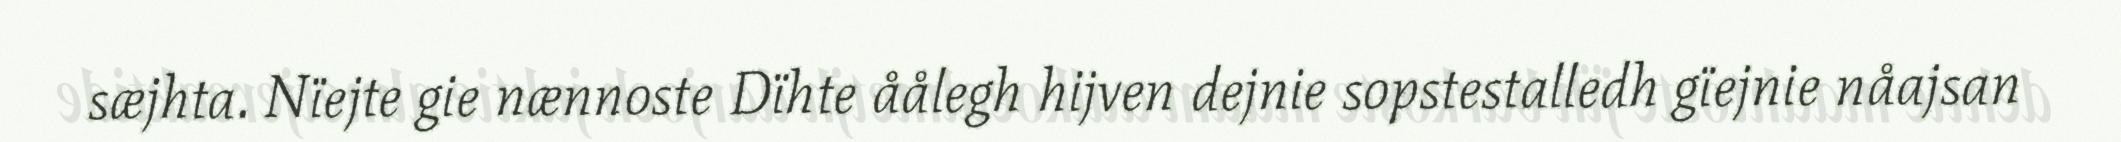
sæjhta. Nïejte gie nænnoste Dïhte åålegh hijven dejnie sopstestalledh gïejnie nåajsan